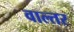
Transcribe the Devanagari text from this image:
वाल्तर